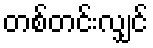
တစ်တင်းလျှင်